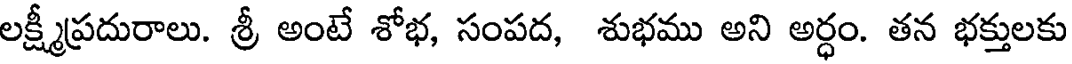
లక్ష్మీప్రదురాలు. శ్రీ అంటే శోభ, సంపద, శుభము అని అర్ధం. తన భక్తులకు